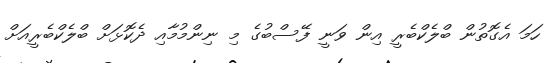
ހަމަ އެގޮތުން ބްލެކްބެރީ އިން ވަނީ ފޭސްބުގެ މި ނިންމުމާއި ދެކޮޅަށް ބްލެކްބެރީއަށް